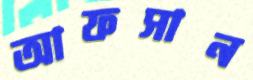
আফসান